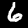
Label: 6